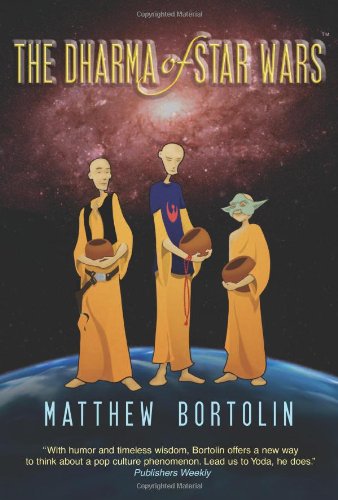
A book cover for The Dharma of Star Wars; Matthew Bortolin; Science Fiction & Fantasy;